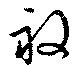
複